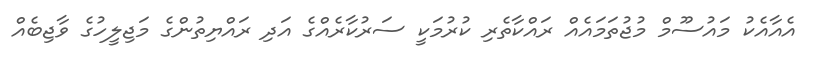
އެއާއެކު މަައުސޫމް މުޖުތަމައެއް ރައްކާތެރި ކުރުމަކީ ސަރުކާރެއްގެ އަދި ރައްޔިތުންގެ މަޖިލީހުގެ ވާޖިބެއް